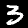
Label: 3